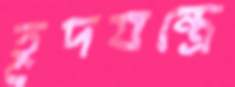
হূদযন্ত্রে